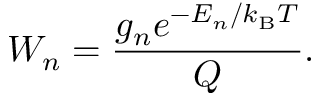
W _ { n } = \frac { g _ { n } e ^ { - E _ { n } / k _ { \mathrm { B } } T } } { Q } .